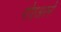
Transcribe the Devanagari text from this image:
गोएअरने